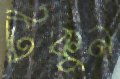
টিকুন